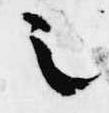
之